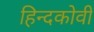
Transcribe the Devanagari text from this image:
हिन्दकोवी